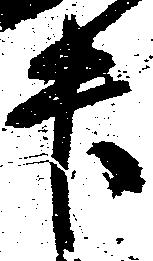
升